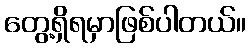
တွေ့ရှိရမှာဖြစ်ပါတယ်။